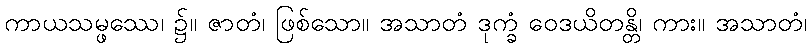
ကာယသမ္ဖဿေ၊ ၌။ ဇာတံ၊ ဖြစ်သော။ အသာတံ ဒုက္ခံ ဝေဒယိတန္တိ၊ ကား။ အသာတံ၊